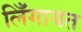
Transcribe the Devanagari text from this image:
लिँगायत